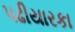
પઢીયારકા